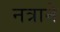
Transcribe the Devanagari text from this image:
नत्राने